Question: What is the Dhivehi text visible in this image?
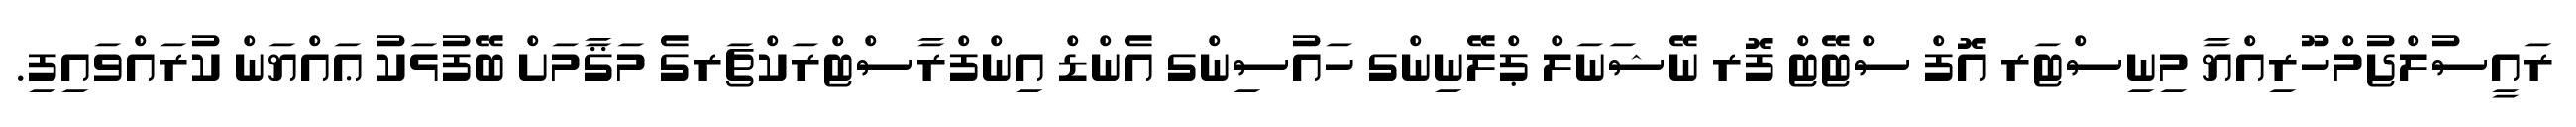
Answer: ރައީސުލްޖުމްހޫރިއްޔާ މިނިސްޓަރ އޮފް ސްޓޭޓް ފޮރ ނޭޝަނަލް ޕްލޭނިންގ ހައުސިންގ އެންޑް އިންފްރާސްޓްރަކްޗަރގެ މަޤާމަށް ބޭފުޅަކު ޢައްޔަން ކުރައްވައިފި.